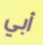
أبي